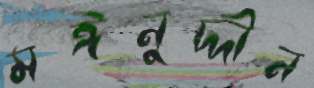
মঈনুদ্দীন